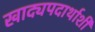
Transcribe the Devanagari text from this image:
खाद्यपदार्थाशी